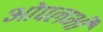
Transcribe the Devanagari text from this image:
ओपलभी